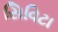
સિવિટા